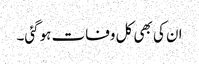
ان کی بھی کل وفات ہوگئی۔